Lunatic asylums Central Provinces reports 1886-1894 - 1886-1894
Year: 1886
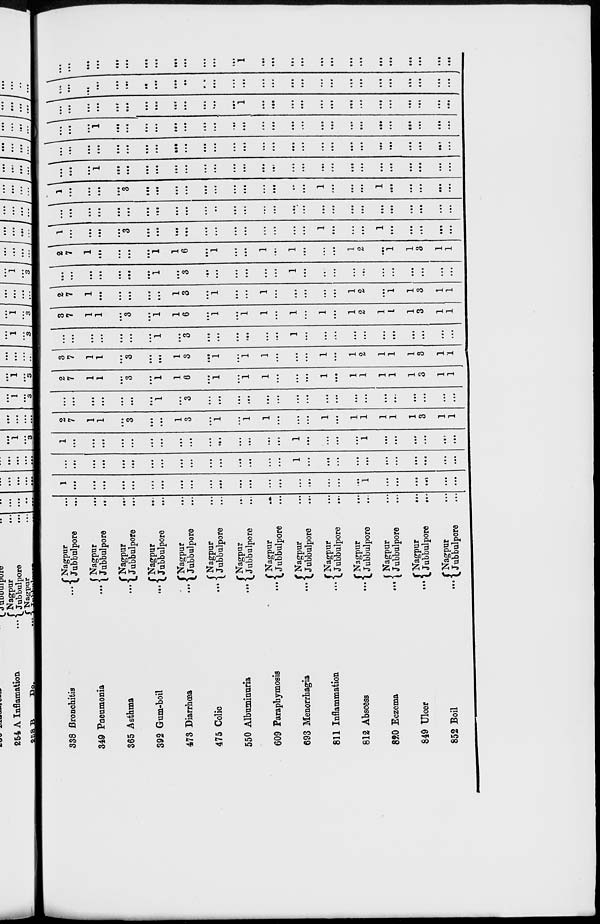
338 Bronchitis...
349 Pneumonia
...
365
Asthma...
392 Gum-boil...
473
Diarrhœa...
475 Colic...
550 Albuminuria...
609 Paraphymosis...
693 Menorrhagia...
811 Inflammation...
812
Abscess...
820
Eczema...
849 Ulcer
...
852
Boil...
Nagpur...
Jubbulpore...
Nagpur...
Jubbulpore
...
Nagpur...
Jubbulpore...
Nagpur...
Jubbulpore...
Nagpur...
Jubbulpore...
Nagpur...
Jubbulpore...
Nagpur...
Jubbulpore...
Nagpur
...
Jubbulpore...
Nagpur...
Jubbulpore...
Nagpur...
Jubbulpore...
Nagpur...
Jubbulpore...
Nagpur...
Jubbulpore...
Nagpur
...
Jubbulpore
...
Nagpur...
Jubbulpore...
1
...
...
...
...
...
...
...
...
...
...
...
...
...
...
...
...
...
...
...
...
l
...
...
...
...
...
...
...
...
...
...
...
...
...
...
...
...
...
...
...
...
...
...
l
...
...
...
...
...
...
...
...
...
...
...
l
...
...
...
...
...
...
...
...
...
...
...
...
...
...
...
1
...
...
...
...
l
...
...
...
...
...
...
2
7
1
1
...
3
...
...
1
3
...
1
...
1
1
...
...
...
1
...
1
1
1
1
1
3
1
1
...
...
...
...
...
...
...
1
...
3
...
...
...
...
...
...
...
...
...
...
...
...
...
...
...
...
...
...
2
7
1
1
...
3
...
1
1
6
...
1
...
1
1
...
...
...
1
...
1
1
1
1
1
3
1
1
3
7
1
1
...
3
...
...
1
3
...
1
...
1
1
...
...
...
1
...
1
2
1
1
1
3
1
1
...
...
...
...
...
...
...
1
...
3
...
...
...
...
...
...
1
...
...
...
...
...
...
...
...
...
...
...
3
7
1
1
...
3
...
1
1
6
...
1
...
1
1
...
1
...
1
...
1
2
1
1
1
3
1
1
2
7
1
...
...
...
...
...
1
3
...
1
...
...
1
...
...
...
...
...
1
2
...
1
1
3
1
1
...
...
...
...
...
...
...
1
...
3
...
...
...
...
...
...
1
...
...
...
...
...
...
...
...
...
...
...
2
7
1
...
...
...
...
1
1
6
...
1
...
...
1
...
1
...
...
...
1
2
...
1
1
3
1
1
1
...
...
...
...
3
...
...
...
...
...
...
...
...
...
...
...
...
1
...
...
...
1
...
...
...
...
...
... ...
...
...
...
...
...
...
...
...
...
...
...
...
...
...
...
...
...
...
...
...
...
...
...
...
...
...
1
...
...
...
...
3
...
...
...
...
...
...
...
...
...
...
...
...
1
...
...
...
1
...
...
...
...
...
...
...
...
1
...
...
...
...
...
...
...
...
...
...
...
...
...
...
...
...
...
...
...
...
...
...
...
...
...
...
...
...
...
...
...
...
...
...
...
...
...
...
...
...
...
...
...
...
...
...
...
...
...
...
...
...
...
...
...
1
...
...
...
...
...
...
...
...
...
...
...
...
...
...
...
...
...
...
...
...
...
...
...
...
...
...
...
...
...
...
...
...
...
...
...
...
...
1
...
...
...
...
...
...
...
...
...
...
...
...
...
...
...
...
...
...
...
...
...
...
...
...
...
...
...
...
...
...
...
...
...
...
...
...
...
...
...
...
...
...
...
...
...
...
...
...
...
...
...
...
...
...
...
1
...
...
...
...
...
...
...
...
...
...
...
...
...
...